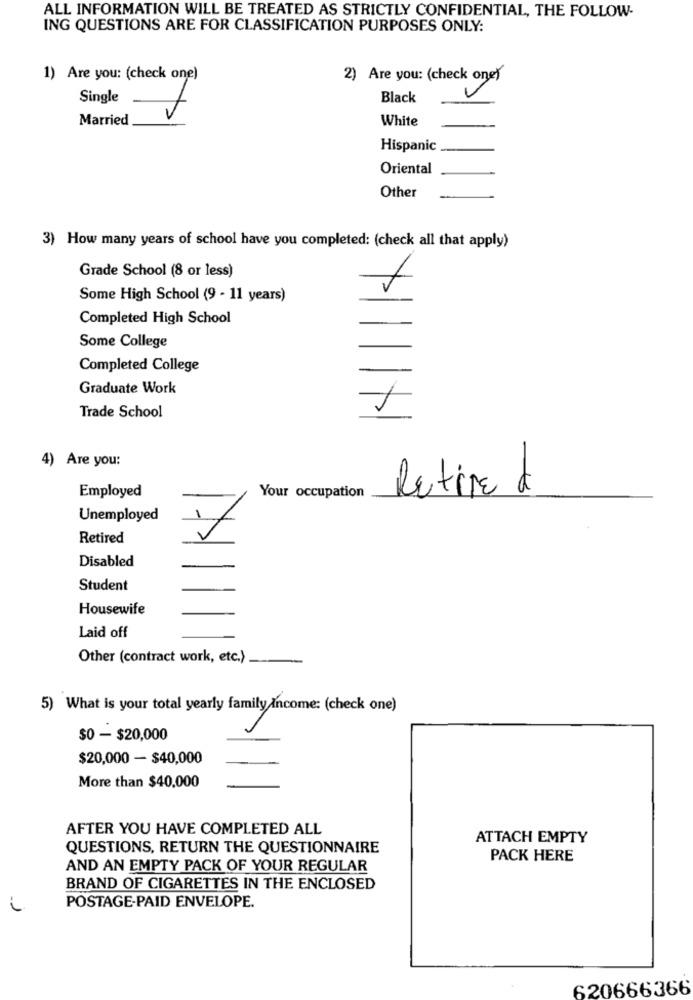
ALL INFORMATION WILL BE TREATED AS STRICTLY CONFIDENTIAL, THE FOLLOW-
ING QUESTIONS ARE FOR CLASSIFICATION PURPOSES ONLY:
1) Are you: (check one)
2) Are you: (check one)
Single
Black
Married
White
Hispanic
Oriental
Other
3) How many years of school have you completed: (check all that apply)
Grade School (8 or less)
Some High School (9 - 11 years)
Completed High School
-
Some College
Completed College
Graduate Work
Trade School
4)
Are you:
Employed
Retired
Your occupation
Unemployed
Retired
Disabled
Student
Housewife
Laid off
Other (contract work, etc.)
5) What is your total yearly family Income: (check one)
$0 - $20,000
$20,000 - $40,000
More than $40,000
AFTER YOU HAVE COMPLETED ALL
ATTACH EMPTY
QUESTIONS, RETURN THE QUESTIONNAIRE
PACK HERE
AND AN EMPTY PACK OF YOUR REGULAR
BRAND OF CIGARETTES IN THE ENCLOSED
POSTAGE-PAID ENVELOPE.
-2
620666366